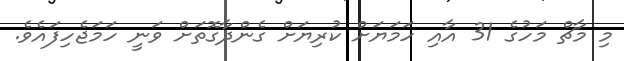
މި މާޗް މަހުގެ 31 އާއި ހަމަޔަށް ކުރިޔަށް ގެންދާގޮތަށް ވަނީ ހަމަޖެހިފައެވެ.